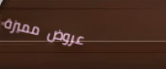
عروض مميزة